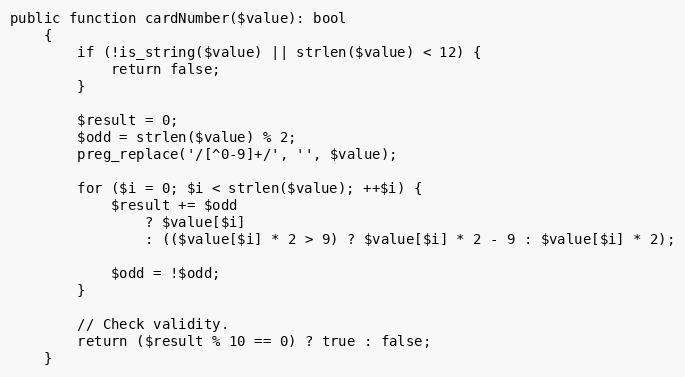
Language: PHP
public function cardNumber($value): bool
    {
        if (!is_string($value) || strlen($value) < 12) {
            return false;
        }

        $result = 0;
        $odd = strlen($value) % 2;
        preg_replace('/[^0-9]+/', '', $value);

        for ($i = 0; $i < strlen($value); ++$i) {
            $result += $odd
                ? $value[$i]
                : (($value[$i] * 2 > 9) ? $value[$i] * 2 - 9 : $value[$i] * 2);

            $odd = !$odd;
        }

        // Check validity.
        return ($result % 10 == 0) ? true : false;
    }